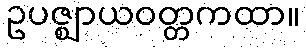
ဥပဇ္ဈာယဝတ္တကထာ။